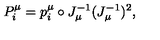
P _ { i } ^ { \mu } = p _ { i } ^ { \mu } \circ J _ { \mu } ^ { - 1 } ( J _ { \mu } ^ { - 1 } ) ^ { 2 } ,